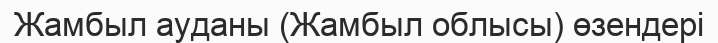
Жамбыл ауданы (Жамбыл облысы) өзендері